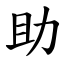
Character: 助